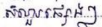
សំណួរផ្សេងៗ